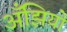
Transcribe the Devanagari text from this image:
अँझियो